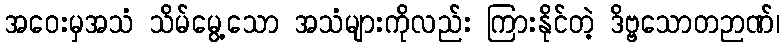
အဝေးမှအသံ သိမ်မွေ့သော အသံများကိုလည်း ကြားနိုင်တဲ့ ဒိဗ္ဗသောတဉာဏ်၊